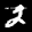
Label: 2